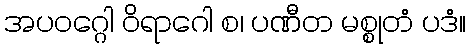
အပဝဂ္ဂေါ ဝိရာဂေါ စ၊ ပဏီတ မစ္စုတံ ပဒံ။